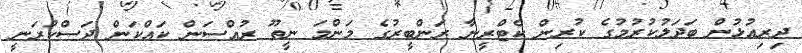
ދިރިއުޅުން ބަދަލުކުރުމުގެ ކުރިން ކެޓްރީނާ ރަންބީރުގެ މަންމަ ނީތޫ ރުއްސަން ކައްކަން ދަސްކުރަނީ